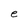
Character: e